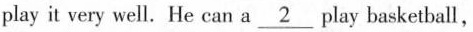
play it very well. He can a \underline2play basketball,